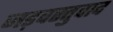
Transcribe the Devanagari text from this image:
जड़वस्तुवाद